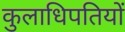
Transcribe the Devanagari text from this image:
कुलाधिपतियों